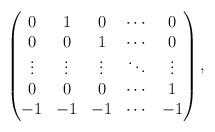
LaTeX: \begin{align*}\begin{pmatrix}0 &1 & 0 & \cdots & 0\\0 & 0 & 1 & \cdots & 0 \\\vdots & \vdots & \vdots & \ddots &\vdots \\0 & 0 & 0 & \cdots & 1 \\-1 & -1 & -1 &\cdots & -1\end{pmatrix},\end{align*}